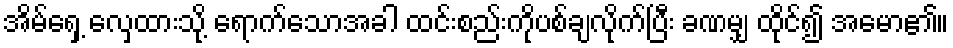
အိမ်ရှေ့ လှေထားသို့ ရောက်သောအခါ ထင်းစည်းကိုပစ်ချလိုက်ပြီး ခဏမျှ ထိုင်၍ အမော၏။